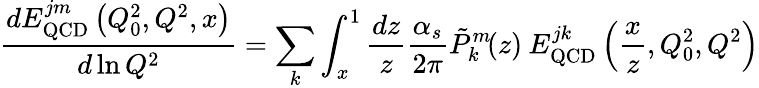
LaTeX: \frac{dE_{\mathrm{QCD}}^{jm}\left(Q_{0}^{2},Q^{2},x\right)}{d\ln Q^{2}}=\sum_{k}\int_{x}^{1}\frac{dz}{z}\frac{\alpha_{s}}{2\pi}\tilde{P}_{k}^{m}\! (z)\: E_{\mathrm{QCD}}^{jk}\left(\frac{x}{z},Q_{0}^{2},Q^{2}\right)